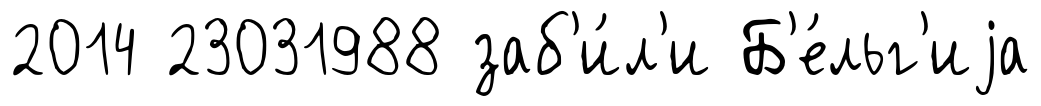
2014 23031988 заб'и́л'и Б'е́льг'иjа